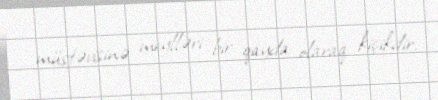
müstəvisinə meylləri bir qayda olaraq kiçikdir.